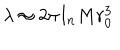
LaTeX: \lambda \approx 2 \pi I _ { n } M r _ { 0 } ^ { 3 }